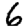
Digit: 6